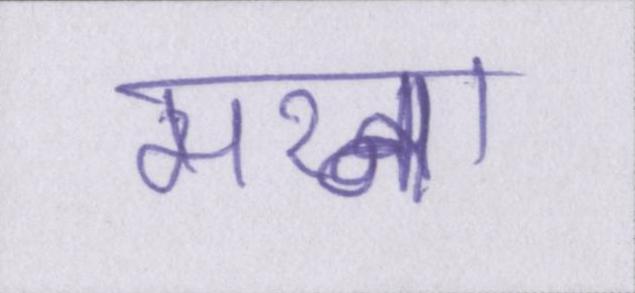
मरना